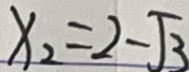
x _ { 2 } = 2 - \sqrt { 3 }